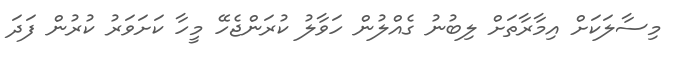
މިސާލަކަށް އިމާރާތަށް ލިބުނު ގެއްލުން ހަވާލު ކުރަންޖެހޭ މީހާ ކަށަވަރު ކުރުން ފަދަ